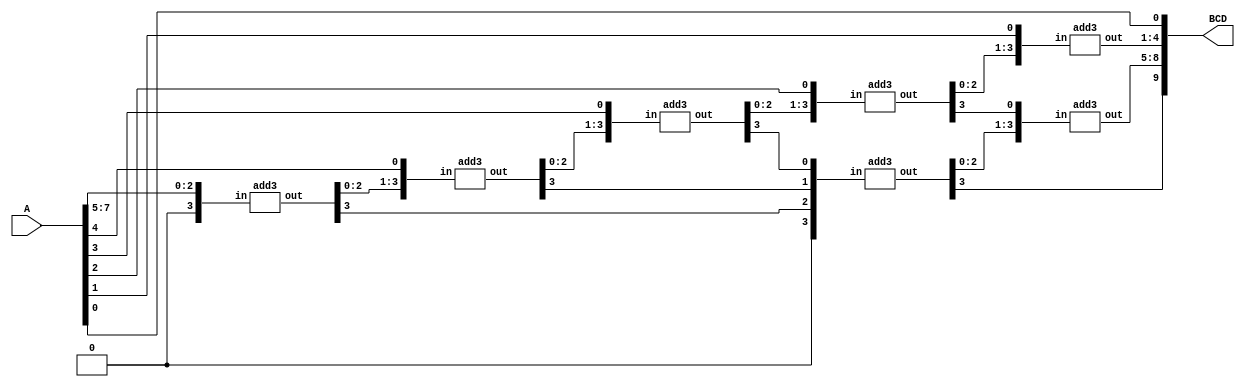
module binary_to_BCD(A,BCD);
input [7:0] A;
output [9:0] BCD;
wire [3:0] c1,c2,c3,c4,c5,c6,c7;
wire [3:0] d1,d2,d3,d4,d5,d6,d7;
wire [3:0] ONES, TENS;
wire [1:0] HUNDREDS; 

assign d1 = {1'b0,A[7:5]};
assign d2 = {c1[2:0],A[4]};
assign d3 = {c2[2:0],A[3]};
assign d4 = {c3[2:0],A[2]};
assign d5 = {c4[2:0],A[1]};
assign d6 = {1'b0,c1[3],c2[3],c3[3]};
assign d7 = {c6[2:0],c4[3]};
add3 m1(d1,c1);
add3 m2(d2,c2);
add3 m3(d3,c3);
add3 m4(d4,c4);
add3 m5(d5,c5);
add3 m6(d6,c6);
add3 m7(d7,c7);
assign ONES = {c5[2:0],A[0]};
assign TENS = {c7[2:0],c5[3]};
assign HUNDREDS = {c6[3],c7[3]};
assign BCD = {HUNDREDS, TENS, ONES};

endmodule

module add3(in,out);
input [3:0] in;
output [3:0] out;
reg [3:0] out;

always @ (in)
	case (in)
	4'b0000: out <= 4'b0000;
	4'b0001: out <= 4'b0001;
	4'b0010: out <= 4'b0010;
	4'b0011: out <= 4'b0011;
	4'b0100: out <= 4'b0100;
	4'b0101: out <= 4'b1000;
	4'b0110: out <= 4'b1001;
	4'b0111: out <= 4'b1010;
	4'b1000: out <= 4'b1011;
	4'b1001: out <= 4'b1100;
	default: out <= 4'b0000;
	endcase
endmodule